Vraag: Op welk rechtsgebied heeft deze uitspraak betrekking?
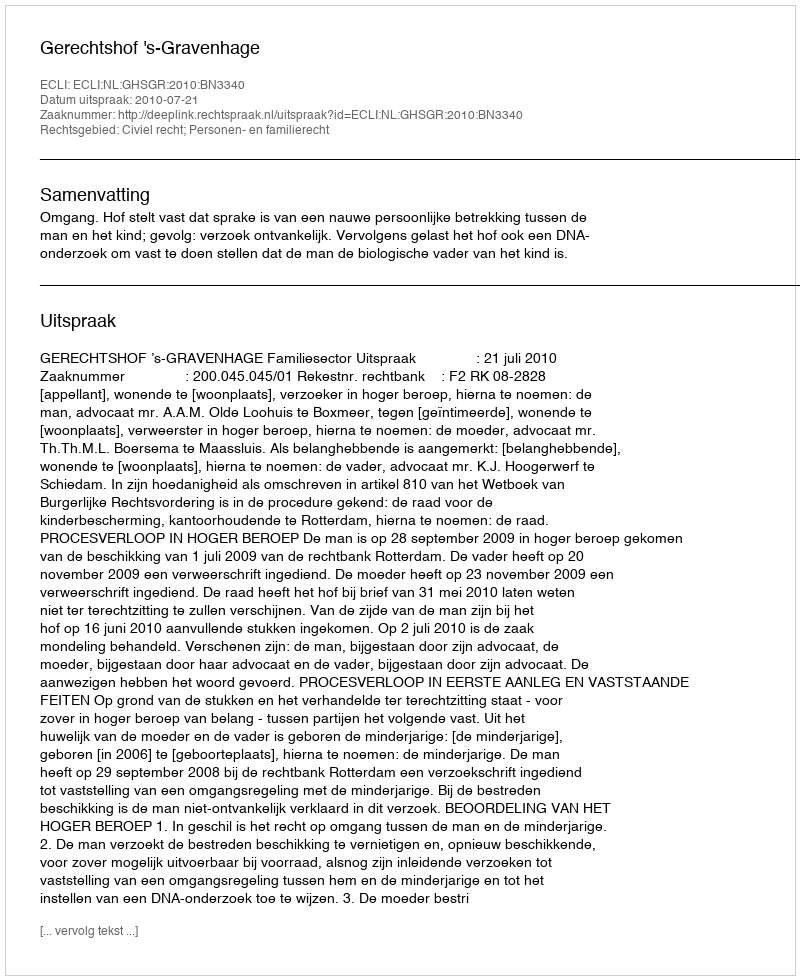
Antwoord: Civiel recht; Personen- en familierecht